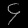
Digit: ၄